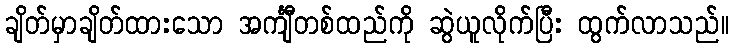
ချိတ်မှာချိတ်ထားသော အင်္ကျီတစ်ထည်ကို ဆွဲယူလိုက်ပြီး ထွက်လာသည်။